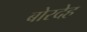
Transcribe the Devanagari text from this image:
बोरदेह